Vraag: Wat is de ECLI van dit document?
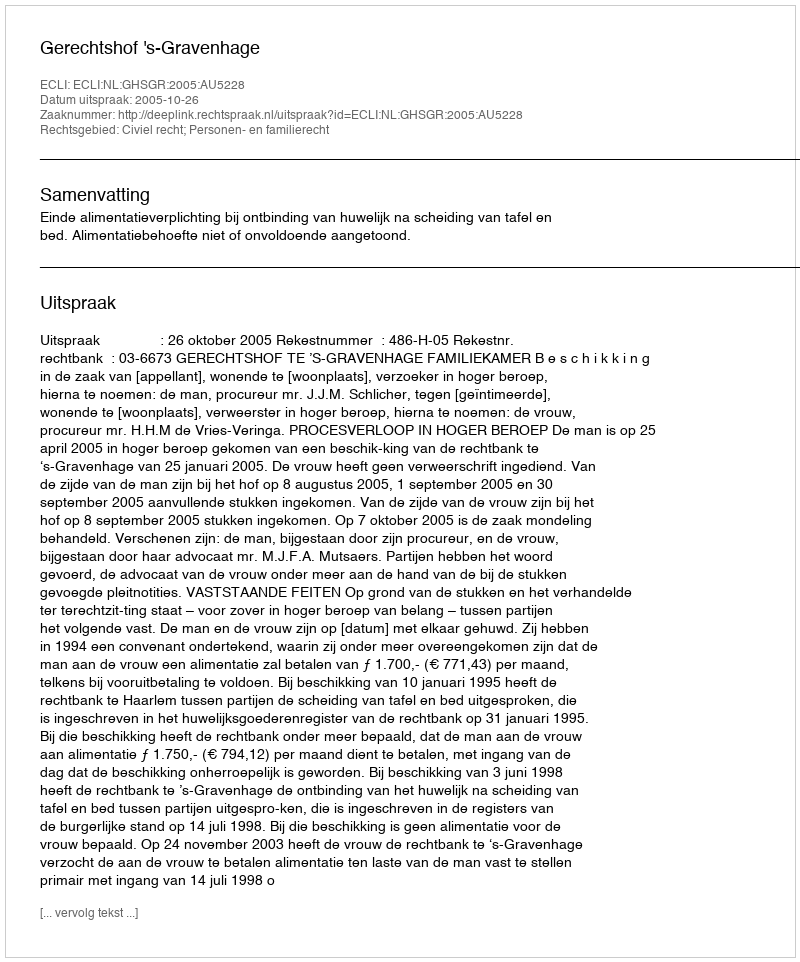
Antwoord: ECLI:NL:GHSGR:2005:AU5228